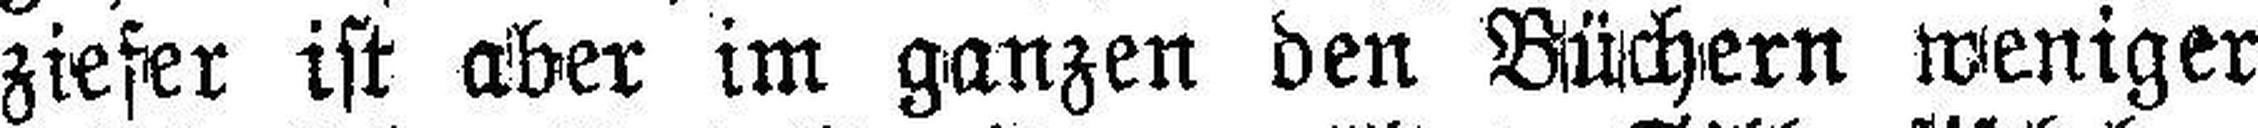
ziefer ist aber im ganzen den Büchern weniger